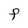
Character: F